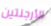
الأرجنتين